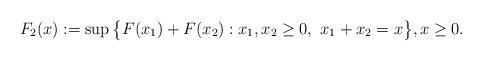
LaTeX: \begin{align*} F_2(x) := \sup\big\{F(x_1) + F(x_2): x_1,x_2 \geq 0, \ x_1 + x_2 = x\big\}, x \geq 0.\end{align*}